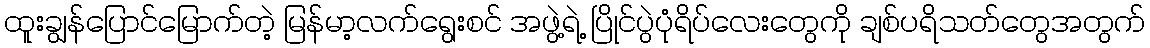
ထူးချွန်ပြောင်မြောက်တဲ့ မြန်မာ့လက်ရွေးစင် အဖွဲ့ရဲ့ ပြိုင်ပွဲပုံရိပ်လေးတွေကို ချစ်ပရိသတ်တွေအတွက်